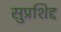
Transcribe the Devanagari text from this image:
सुप्रशिद्द